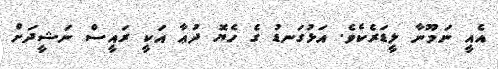
އެއީ ނަމޫނާ ލީޑަރެކެވެ. އަޅުގަނޑު ގެ ހެޔޮ ދުޢާ އަކީ ރައީސް ނަޝީދަށް